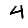
Digit: 4